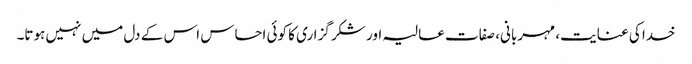
خدا کی عنایت، مہربانی، صفات عالیہ اور شکر گزاری کا کوئی احساس اس کے دل میں نہیں ہوتا۔